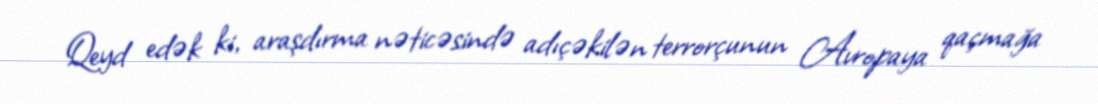
Qeyd edək ki, araşdırma nəticəsində adıçəkilən terrorçunun Avropaya qaçmağa